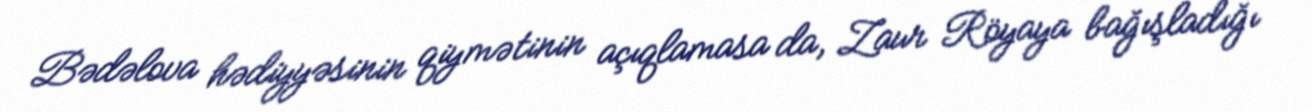
Bədəlova hədiyyəsinin qiymətinin açıqlamasa da, Zaur Röyaya bağışladığı